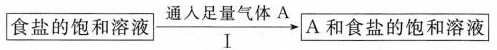
\boxed{食盐的饱和溶液}\xrightarrow[Ⅰ]{通入足量气体A} \boxed{A和食盐的饱和溶液}